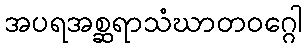
အပရအစ္ဆရာသံဃာတဝဂ္ဂေါ